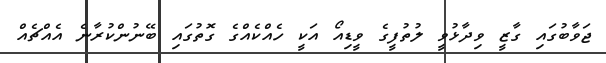
ޖަވާބުގައި ގާޒީ ވިދާޅުވީ ލުތުފީގެ ވީޑިއޯ އަކީ ހެއްކެއްގެ ގޮތުގައި ބޭނުންކުރާނެ އެއްޗެއް